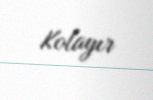
Kolayır